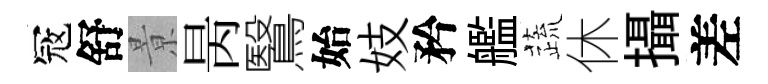
冦舒㬌昺鷖始妓矜艦蔬休攝差